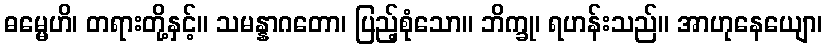
ဓမ္မေဟိ၊ တရားတို့နှင့်။ သမန္နာဂတော၊ ပြည့်စုံသော။ ဘိက္ခု၊ ရဟန်းသည်။ အာဟုနေယျော၊